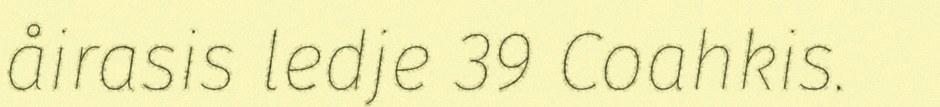
åirasis ledje 39 Coahkis.